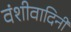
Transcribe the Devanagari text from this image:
वंशीवादिनी